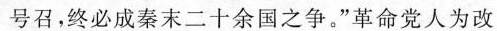
号召，终必成秦末二十余国之争。”革命党人为改